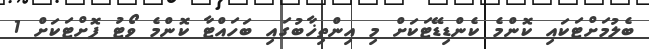
ބެލުމަށްޓަކައި ކޮންމެ ކެންޑިޑޭޓަކަށް މި އިންތިޚާބުގައި ބަހައްޓާ ކޮންމެ ވޯޓު ފޮށްޓަކަށް 1